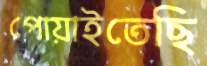
পোয়াইতেছি